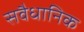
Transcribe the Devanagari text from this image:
सवैधानिक